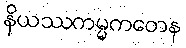
နိယဿကမ္မကတေန